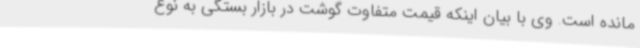
مانده است. وی با بیان اینکه قیمت متفاوت گوشت در بازار بستگی به نوع